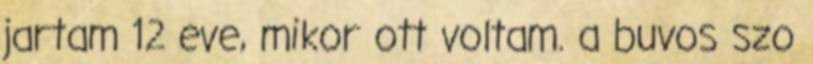
jartam 12 eve, mikor ott voltam. a buvos szo